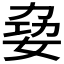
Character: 𪥺